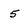
Character: 5